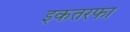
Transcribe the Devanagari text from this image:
इकतरफा